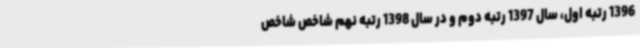
1396 رتبه اول، سال 1397 رتبه دوم و در سال 1398 رتبه نهم شاخص شاخص